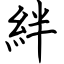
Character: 絆